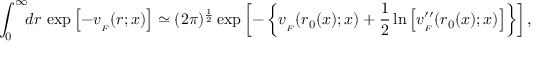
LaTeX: \int _ { 0 } ^ { \infty } \! \! d r \, \exp \left[ - v _ { _ { F } } ( r ; x ) \right] \simeq ( 2 \pi ) ^ { { \frac { 1 } { 2 } } } \exp \left[ - \left\{ v _ { _ { F } } ( r _ { 0 } ( x ) ; x ) + { \frac { 1 } { 2 } } \ln \left[ v _ { _ { F } } ^ { \prime \prime } ( r _ { 0 } ( x ) ; x ) \right] \right\} \right] ,